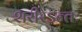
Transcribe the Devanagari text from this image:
शरीरेऽन्तः